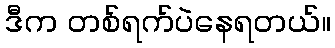
ဒီက တစ်ရက်ပဲနေရတယ်။